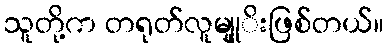
သူတို့က တရုတ်လူမျုုိးဖြစ်တယ်။